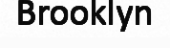
Brooklyn